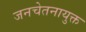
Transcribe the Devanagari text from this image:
जनचेतनायुक्त